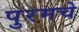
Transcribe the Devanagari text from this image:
पुरमचे